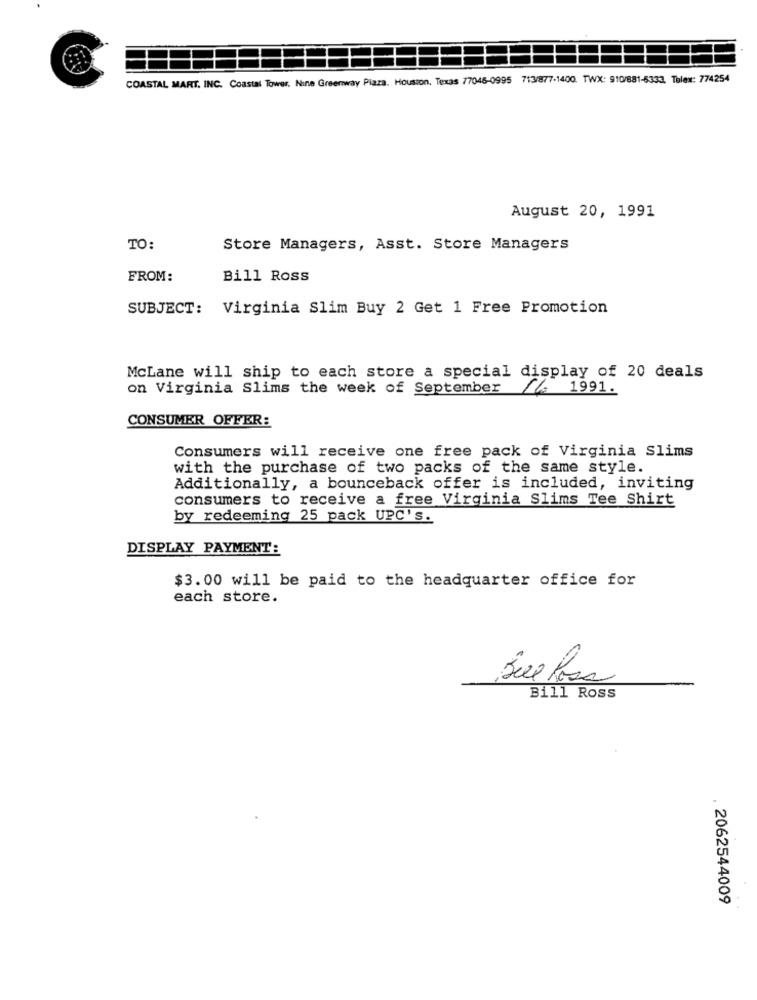
COASTAL MART, INC. Coastal Tower. Nine Greenway Pizza. Houston, Texas 77046-0995 713/877-1400. TWX: 910/881-6333. Tolex: 774254
August 20, 1991
TO:
Store Managers, Asst. Store Managers
FROM:
Bill Ross
SUBJECT: Virginia Slim Buy 2 Get 1 Free Promotion
McLane will ship to each store a special display of 20 deals
on Virginia Slims the week of September
16 1991.
CONSUMER OFFER:
Consumers will receive one free pack of Virginia Slims
with the purchase of two packs of the same style.
Additionally, a bounceback offer is included, inviting
consumers to receive a free Virginia Slims Tee Shirt
by redeeming 25 pack UPC's.
DISPLAY PAYMENT:
$3.00 will be paid to the headquarter office for
each store.
Bill Ross
. 2062544009